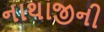
નાથાજીની